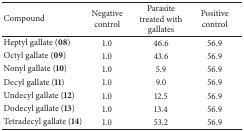
| Compound | Negative control | Parasite treated with gallates | Positive control |
 | --- | --- | --- | --- |
 | Heptyl gallate (08) | 1.0 | 46.6 | 56.9 |
 | Octyl gallate (09) | 1.0 | 43.6 | 56.9 |
 | Nonyl gallate (10) | 1.0 | 5.9 | 56.9 |
 | Decyl gallate (11) | 1.0 | 9.0 | 56.9 |
 | Undecyl gallate (12) | 1.0 | 12.5 | 56.9 |
 | Dodecyl gallate (13) | 1.0 | 13.4 | 56.9 |
 | Tetradecyl gallate (14) | 1.0 | 53.2 | 56.9 |